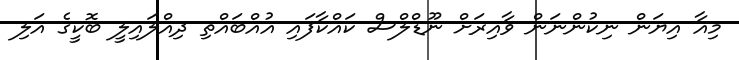
މިއާ އިޔަން ނިކުންނަން ވާއިރަށް ނޫޑްލްސް ކައްކާފައި އުއްބައްތި ދިއްލައިލީ ބޮކީގެ އަލި